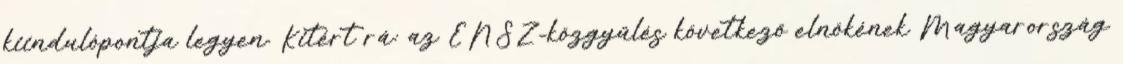
kiindulópontja legyen. Kitért rá: az ENSZ-közgyűlés következő elnökének Magyarország